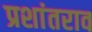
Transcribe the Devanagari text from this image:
प्रशांतराव